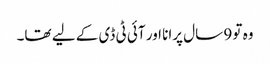
وہ تو 9 سال پرانا اور آئی ٹی ڈی کے لیے تھا۔